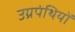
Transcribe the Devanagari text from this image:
उग्रपंथियों